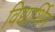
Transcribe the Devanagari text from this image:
विद्यार्थिन